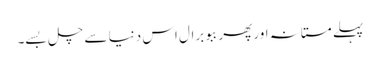
پہلے مستانہ اور پھر ببو برال اس دنیا سے چل بسے۔